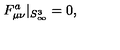
F _ { \mu \nu } ^ { a } | _ { S _ { \infty } ^ { 3 } } = 0 ,